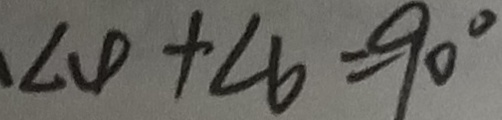
\angle 4 + \angle 6 = 9 0 ^ { \circ }